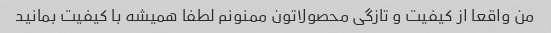
من واقعا از کیفیت و تازگی محصولاتون ممنونم لطفا همیشه با کیفیت بمانید